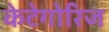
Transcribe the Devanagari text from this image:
केटेगोरिज